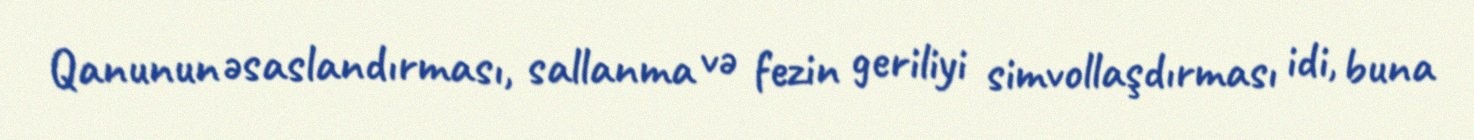
Qanunun əsaslandırması, sallanma və fezin geriliyi simvollaşdırması idi, buna